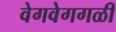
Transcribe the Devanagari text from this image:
वेगवेगगळी